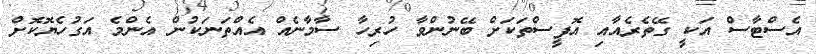
އެސްޓާސް އަކީ ގޭތެރެއާއި އޮފީސްތަކަށް ބޭނުންވާ ހުރިހާ ސާމާނެއް އެއްތަނަކުން އެންމެ އަގުހެޔޮކޮށް